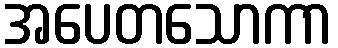
အပေတသောကာ